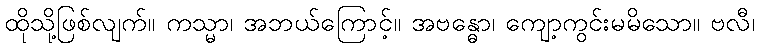
ထိုသို့ဖြစ်လျက်။ ကသ္မာ၊ အဘယ်ကြောင့်။ အဗန္ဓော၊ ကျော့ကွင်းမမိသော။ ဗလီ၊